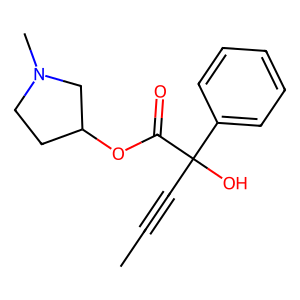
SMILES: CC#CC(O)(C(=O)OC1CCN(C)C1)c1ccccc1
Inhibits HIV replication: No